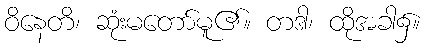
ဝိနေတိ၊ ဆုံးမတော်မူ၏။ တဒါ၊ ထိုအခါ၌။